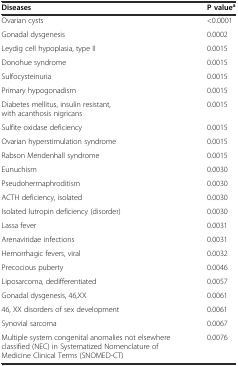
<table><thead><tr><td><b>Diseases</b></td><td><b>P value<sup>a</sup></b></td></tr></thead><tbody><tr><td>Ovarian cysts</td><td>&lt;0.0001</td></tr><tr><td>Gonadal dysgenesis</td><td>0.0002</td></tr><tr><td>Leydig cell hypoplasia, type II</td><td>0.0015</td></tr><tr><td>Donohue syndrome</td><td>0.0015</td></tr><tr><td>Sulfocysteinuria</td><td>0.0015</td></tr><tr><td>Primary hypogonadism</td><td>0.0015</td></tr><tr><td>Diabetes mellitus, insulin resistant, with acanthosis nigricans</td><td>0.0015</td></tr><tr><td>Sulfite oxidase deficiency</td><td>0.0015</td></tr><tr><td>Ovarian hyperstimulation syndrome</td><td>0.0015</td></tr><tr><td>Rabson Mendenhall syndrome</td><td>0.0015</td></tr><tr><td>Eunuchism</td><td>0.0030</td></tr><tr><td>Pseudohermaphroditism</td><td>0.0030</td></tr><tr><td>ACTH deficiency, isolated</td><td>0.0030</td></tr><tr><td>Isolated lutropin deficiency (disorder)</td><td>0.0030</td></tr><tr><td>Lassa fever</td><td>0.0031</td></tr><tr><td>Arenaviridae infections</td><td>0.0031</td></tr><tr><td>Hemorrhagic fevers, viral</td><td>0.0032</td></tr><tr><td>Precocious puberty</td><td>0.0046</td></tr><tr><td>Liposarcoma, dedifferentiated</td><td>0.0057</td></tr><tr><td>Gonadal dysgenesis, 46,XX</td><td>0.0061</td></tr><tr><td>46, XX disorders of sex development</td><td>0.0061</td></tr><tr><td>Synovial sarcoma</td><td>0.0067</td></tr><tr><td>Multiple system congenital anomalies not elsewhere classified (NEC) in Systematized Nomenclature of Medicine Clinical Terms (SNOMED-CT)</td><td>0.0076</td></tr></tbody></table>